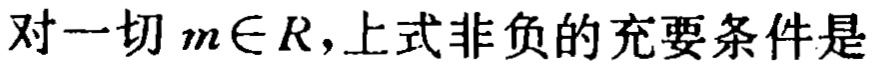
对一切 \(m\in R\)，上式非负的充要条件是